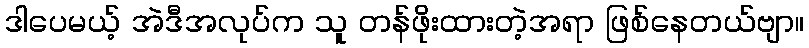
ဒါပေမယ့် အဲဒီအလုပ်က သူ တန်ဖိုးထားတဲ့အရာ ဖြစ်နေတယ်ဗျာ။